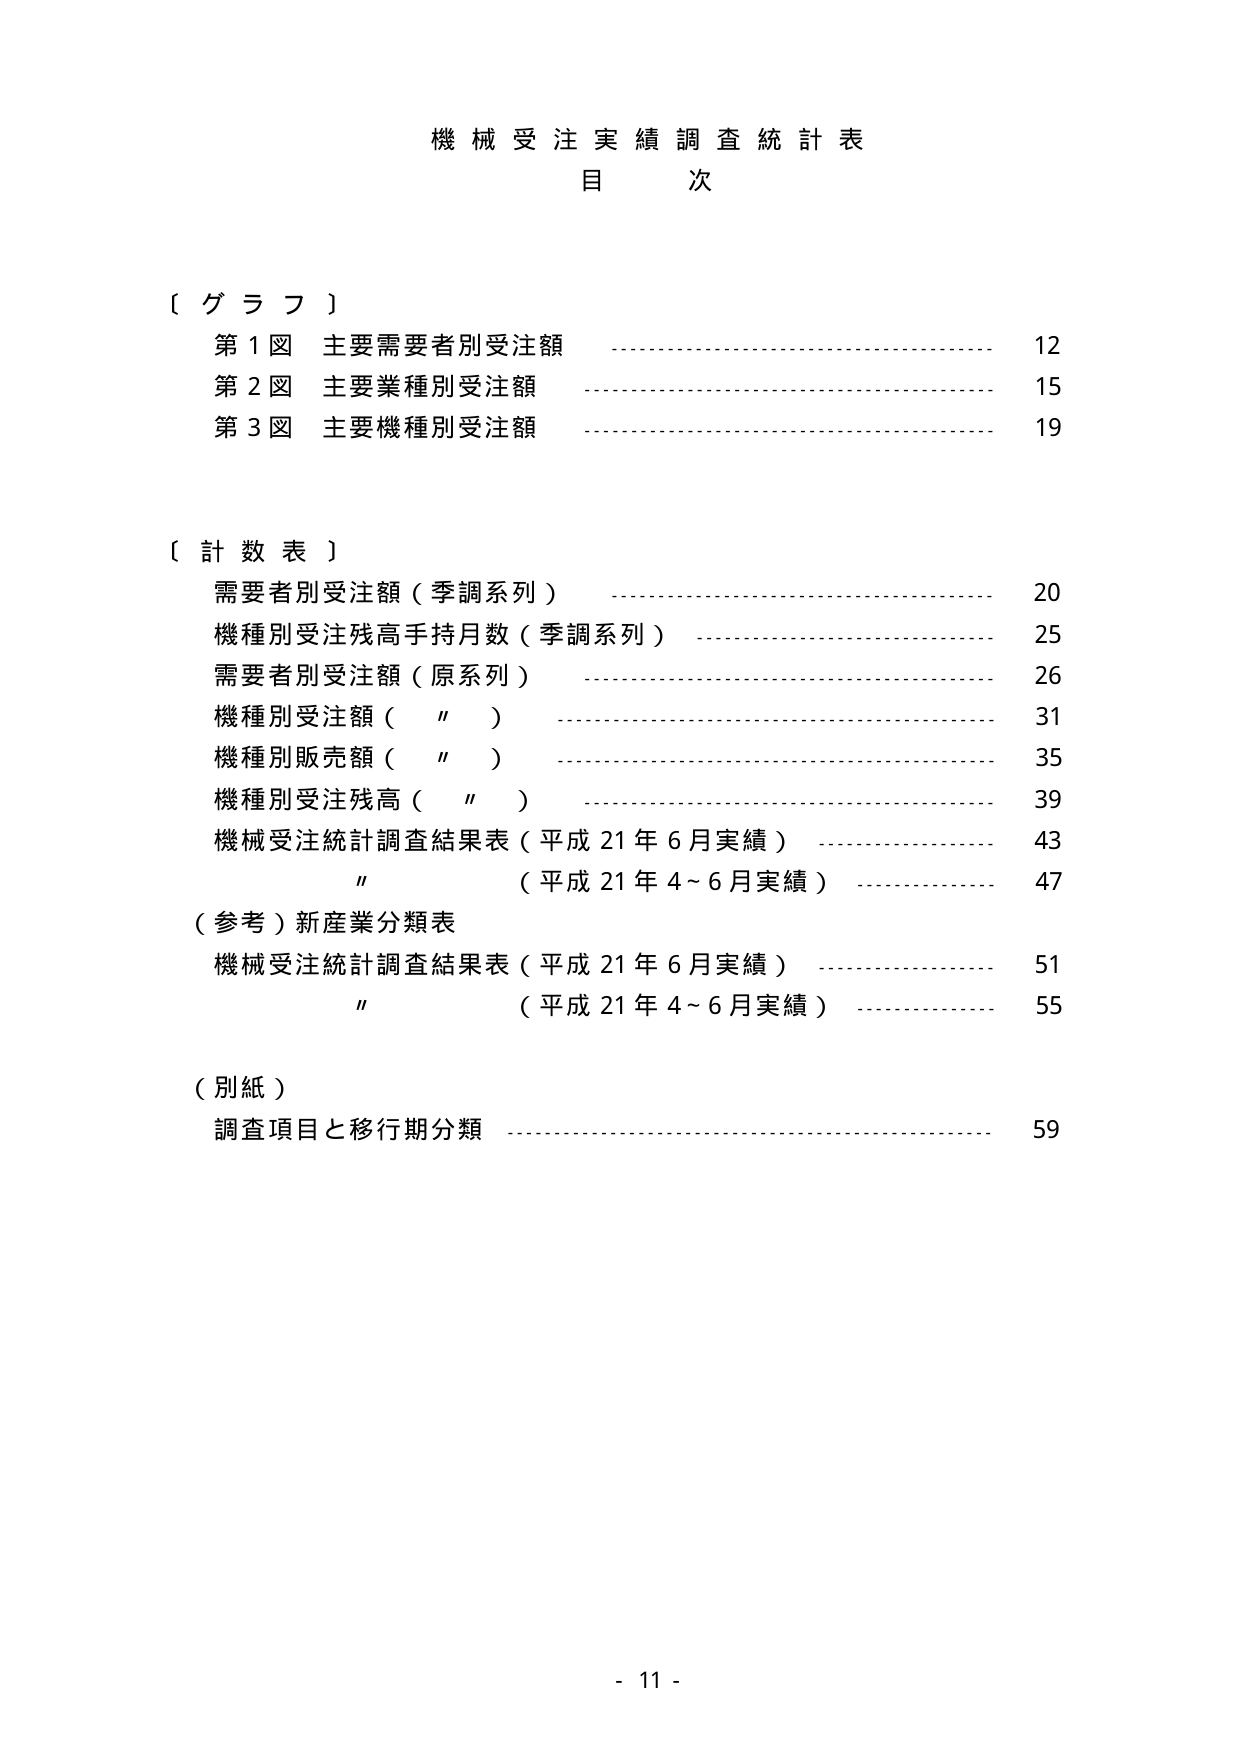
機械受注実績調査統計表
目 次

〔 グラフ 〕
第1図 主要需要者別受注額 ……………………………… 12
第2図 主要業種別受注額 ……………………………… 15
第3図 主要機種別受注額 ……………………………… 19

〔 計数表 〕
需要者別受注額（季調系列） ……………………………… 20
機種別受注残高手持月数（季調系列） ……………………………… 25
需要者別受注額（原系列） ……………………………… 26
機種別受注額（　〃　） ……………………………… 31
機種別販売額（　〃　） ……………………………… 35
機種別受注残高（　〃　） ……………………………… 39
機械受注統計調査結果表（平成21年6月実績） ……………………………… 43
　　　〃　　　（平成21年4～6月実績） ……………………………… 47
（参考）新産業分類表
　機械受注統計調査結果表（平成21年6月実績） ……………………………… 51
　　　〃　　　（平成21年4～6月実績） ……………………………… 55

（別紙）
　調査項目と移行期分類 ……………………………… 59

- 11 -